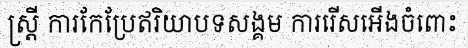
ស្ត្រី ការកែប្រែឥរិយាបទសង្គម ការរើសអើងចំពោះ